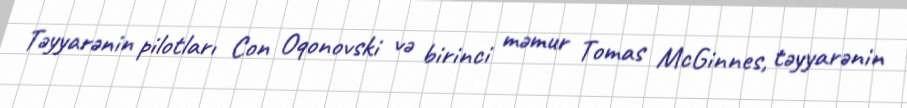
Təyyarənin pilotları Con Oqonovski və birinci məmur Tomas McGinnes, təyyarənin